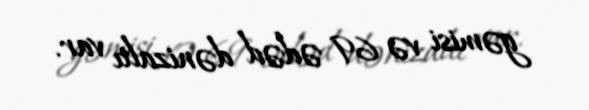
gəmisi və 69 ədəd dənizaltı var.